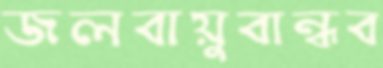
জলবায়ুবান্ধব